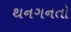
થનગનતો